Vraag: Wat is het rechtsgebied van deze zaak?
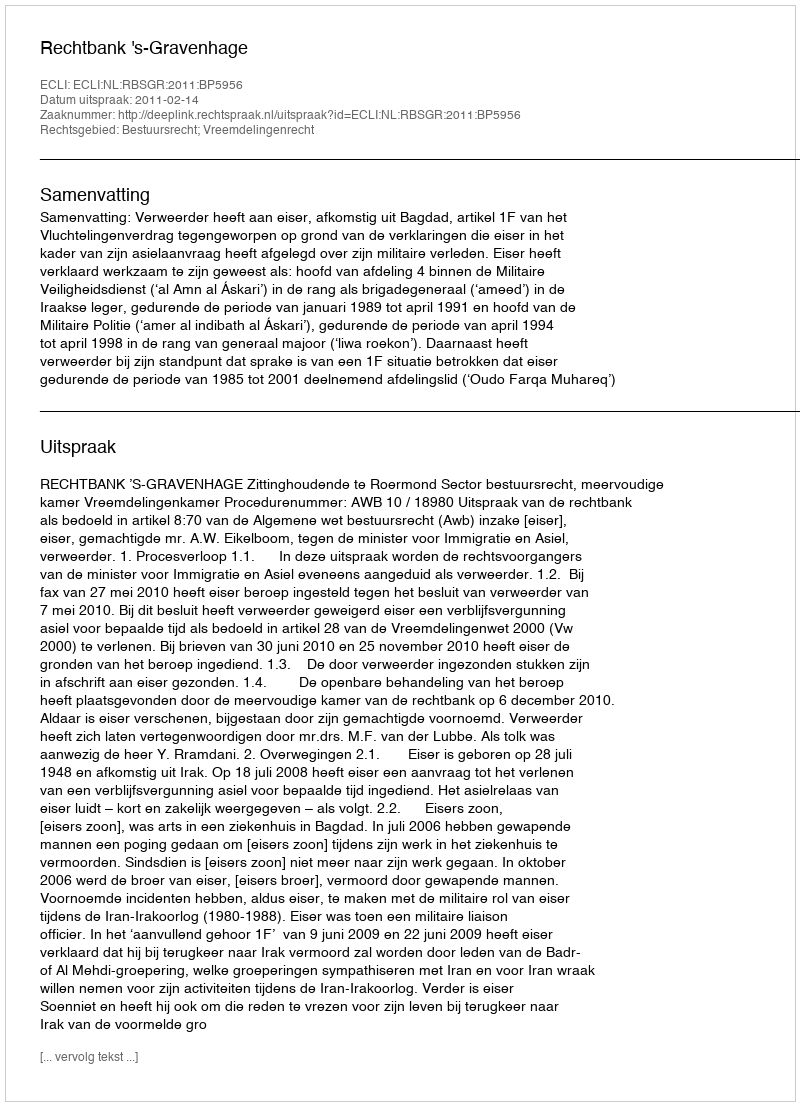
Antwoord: Bestuursrecht; Vreemdelingenrecht